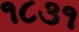
૧૮૩૧